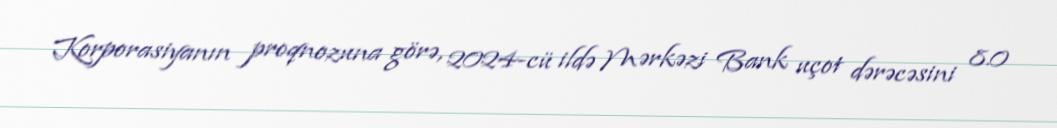
Korporasiyanın proqnozuna görə, 2024-cü ildə Mərkəzi Bank uçot dərəcəsini 8.0